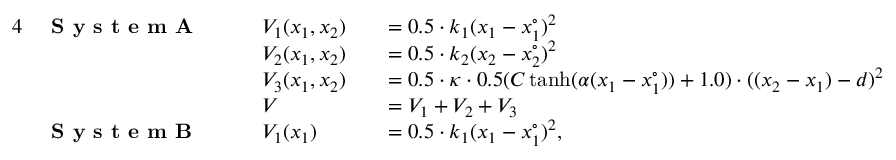
\begin{array} { r l r l r l } { { 4 } } & { \textbf { S y s t e m A } \: \: \: \: } & & { V _ { 1 } ( x _ { 1 } , x _ { 2 } ) } & & { = 0 . 5 \cdot k _ { 1 } ( x _ { 1 } - x _ { 1 } ^ { \circ } ) ^ { 2 } } \\ & { } & & { V _ { 2 } ( x _ { 1 } , x _ { 2 } ) } & & { = 0 . 5 \cdot k _ { 2 } ( x _ { 2 } - x _ { 2 } ^ { \circ } ) ^ { 2 } } \\ & { } & & { V _ { 3 } ( x _ { 1 } , x _ { 2 } ) } & & { = 0 . 5 \cdot \kappa \cdot 0 . 5 ( C \operatorname { t a n h } ( \alpha ( x _ { 1 } - x _ { 1 } ^ { \circ } ) ) + 1 . 0 ) \cdot ( ( x _ { 2 } - x _ { 1 } ) - d ) ^ { 2 } } \\ & { } & & { V } & & { = V _ { 1 } + V _ { 2 } + V _ { 3 } } \\ & { \textbf { S y s t e m B } } & & { V _ { 1 } ( x _ { 1 } ) } & & { = 0 . 5 \cdot k _ { 1 } ( x _ { 1 } - x _ { 1 } ^ { \circ } ) ^ { 2 } , } \end{array}